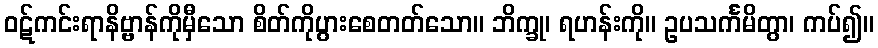
ဝဋ်ကင်းရာနိဗ္ဗာန်ကိုမှီသော စိတ်ကိုပွားစေတတ်သော။ ဘိက္ခု၊ ရဟန်းကို။ ဥပသင်္ကမိတွာ၊ ကပ်၍။